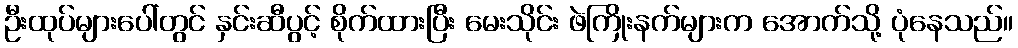
ဦးထုပ်များပေါ်တွင် နှင်းဆီပွင့် စိုက်ထားပြီး မေးသိုင်း ဖဲကြိုးနက်များက အောက်သို့ ပုံနေသည်။